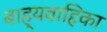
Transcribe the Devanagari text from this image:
बाह्यवाहिका